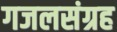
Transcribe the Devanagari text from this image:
गजलसंग्रह